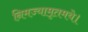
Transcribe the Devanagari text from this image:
निमज्यामृतमये।